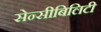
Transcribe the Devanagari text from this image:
सेन्सीबिलिटी